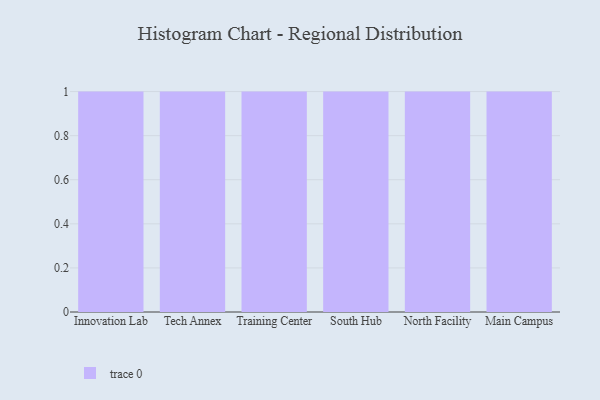
{"axis": {"x": "Campus", "y": "Budget (USD K)"}, "legend": [""], "data": [{"x": "Innovation Lab", "y": 52, "type": ""}, {"x": "Tech Annex", "y": 78, "type": ""}, {"x": "Training Center", "y": 47, "type": ""}, {"x": "South Hub", "y": 25, "type": ""}, {"x": "North Facility", "y": 68, "type": ""}, {"x": "Main Campus", "y": 69, "type": ""}]}